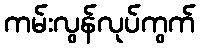
ကမ်းလွန်လုပ်ကွက်